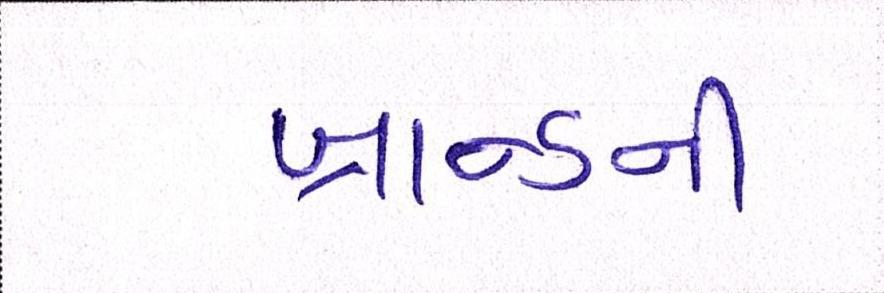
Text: બ્રાન્ડની